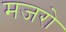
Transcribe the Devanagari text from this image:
मजरो